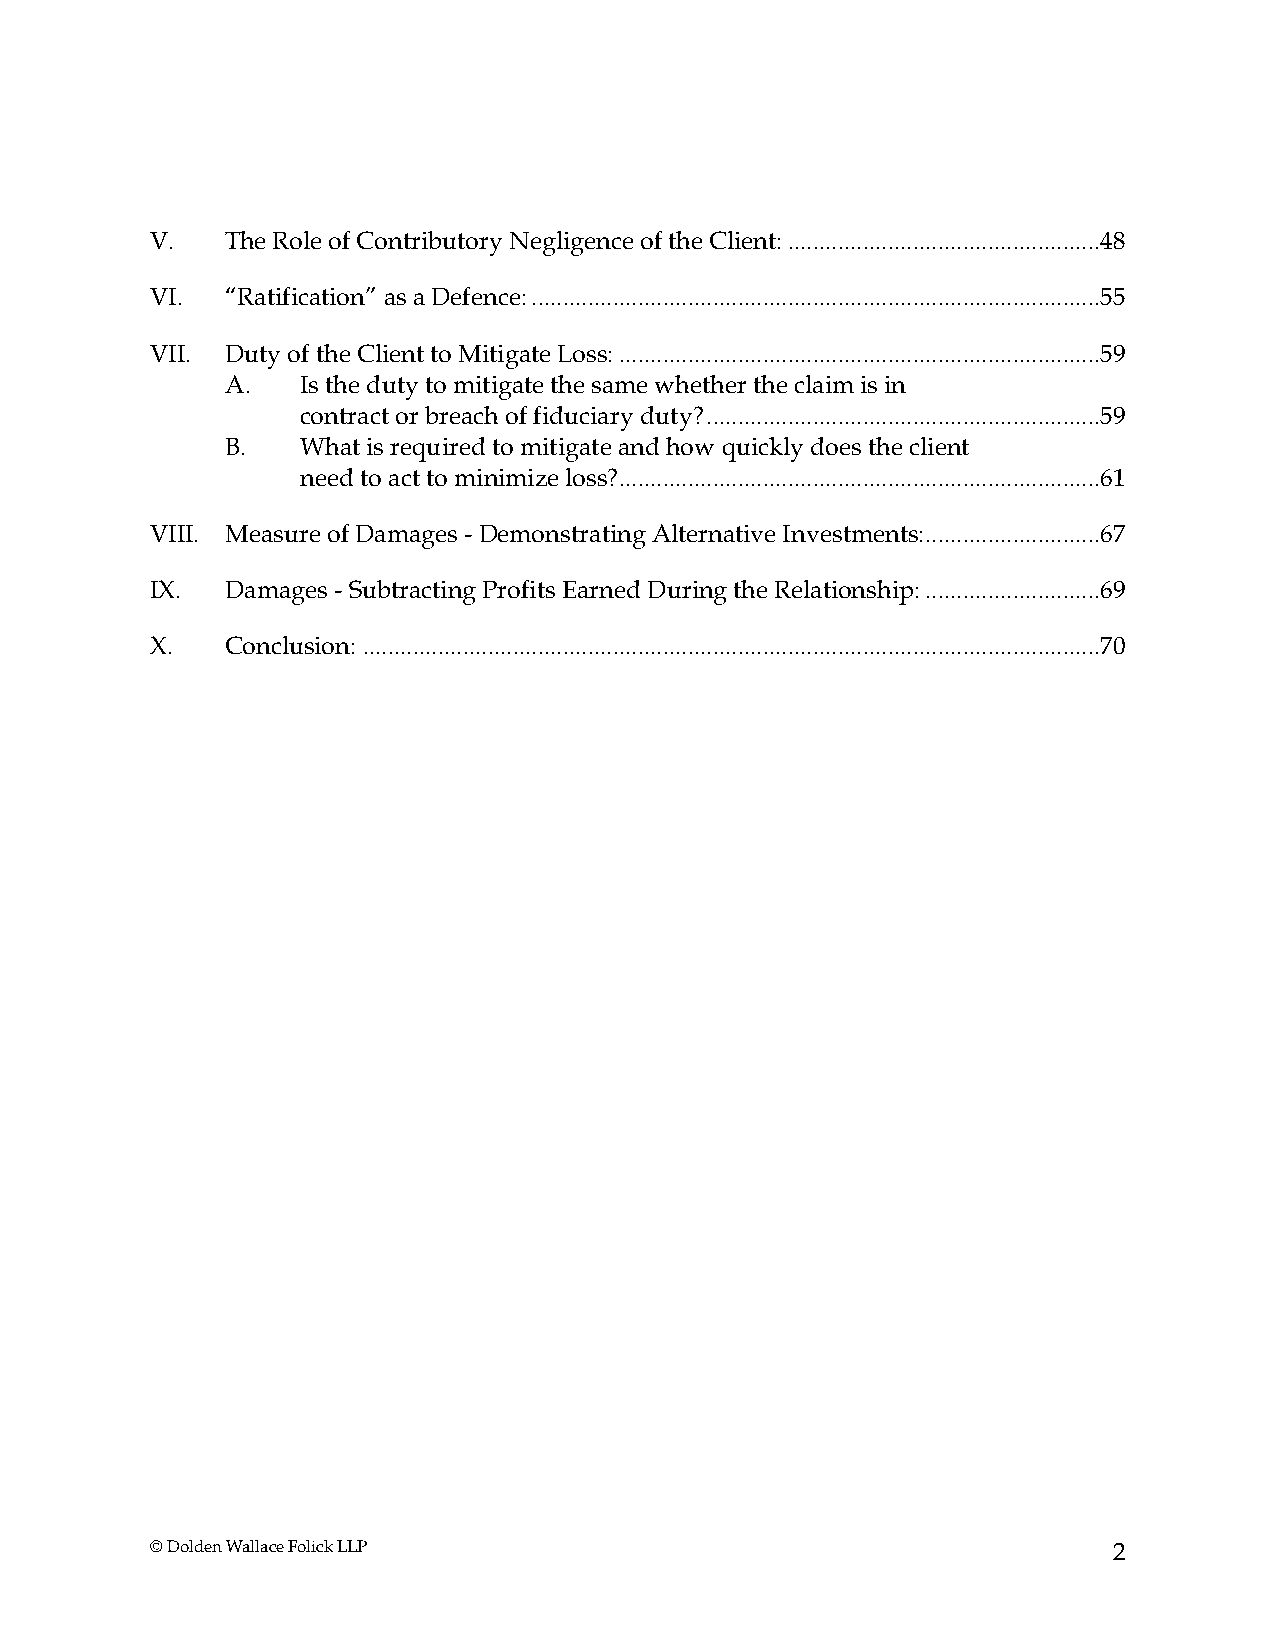
V.   The Role of Contributory Negligence of the Client: ..................................................48
 VI.  “Ratification” as a Defence: ...........................................................................................55
 VII. Duty of the Client to Mitigate Loss: .............................................................................59
 A.   Is the duty to mitigate the same whether the claim is in
 contract or breach of fiduciary duty? ...............................................................59
 B.   What is required to mitigate and how quickly does the client
 need to act to minimize loss?.............................................................................61
 VIII. Measure of Damages - Demonstrating Alternative Investments: ............................67
 IX.  Damages - Subtracting Profits Earned During the Relationship: ............................69
 X.   Conclusion: ......................................................................................................................70
 © Dolden Wallace Folick LLP                                     2